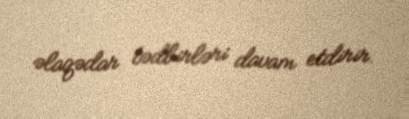
əlaqədar tədbirləri davam etdirir.